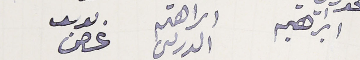
ابراهيم اىراهم الدرىىى ىوسف غصن